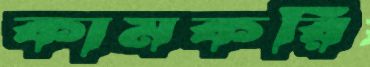
কামকরি